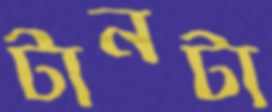
টানটা